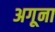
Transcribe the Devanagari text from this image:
अगूना